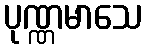
ပုဏ္ဏမာသေ